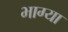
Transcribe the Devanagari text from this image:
भाग्या